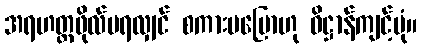
အရဟတ္တဖိုလ်မရလျှင် စကားမပြောဟု ဓိဋ္ဌာန်ကျင့်ပုံ။